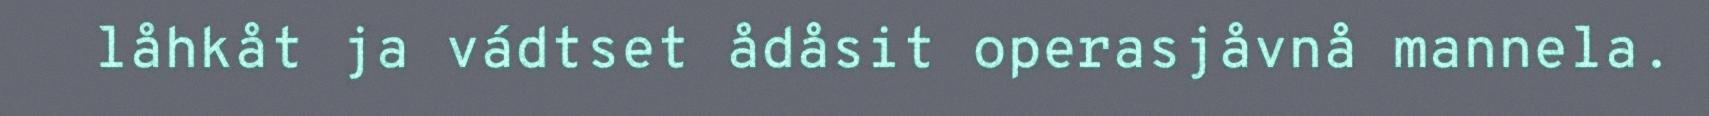
låhkåt ja vádtset ådåsit operasjåvnå mannela.